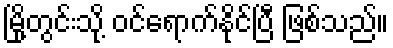
မြို့တွင်းသို့ ဝင်ရောက်နိုင်ပြီ ဖြစ်သည်။